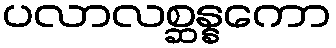
ပလာလစ္ဆန္နကော